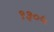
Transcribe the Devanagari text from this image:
९३०५